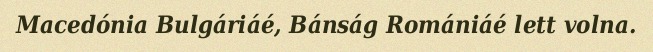
Macedónia Bulgáriáé, Bánság Romániáé lett volna.